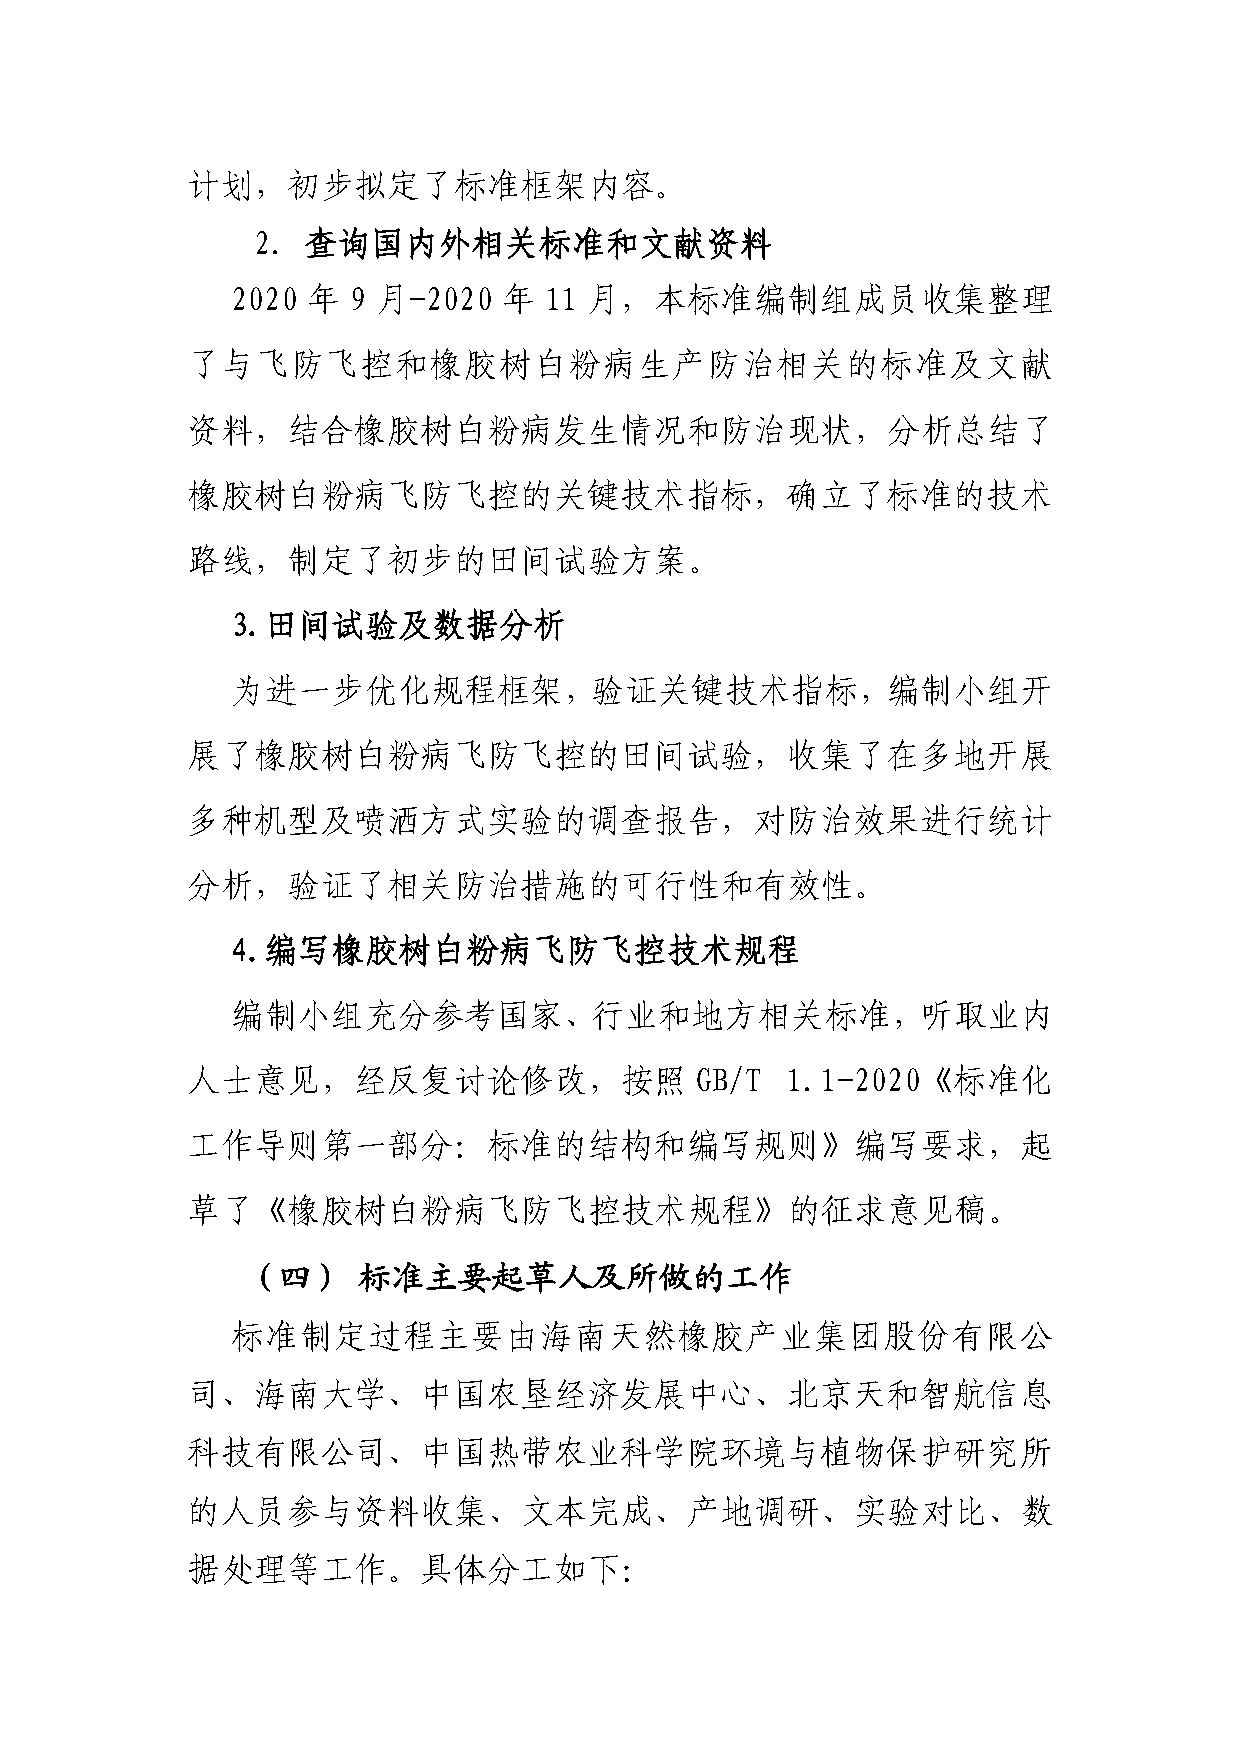
计划，初步拟定了标准框架内容。
 2. 查询国内外相关标准和文献资料
 2020 年  9 月-2020  年  11 月，本标准编制组成员收集整理
 了与飞防飞控和橡胶树白粉病生产防治相关的标准及文献
 资料，结合橡胶树白粉病发生情况和防治现状，分析总结了
 橡胶树白粉病飞防飞控的关键技术指标，确立了标准的技术
 路线，制定了初步的田间试验方案。
 3.田间试验及数据分析
 为进一步优化规程框架，验证关键技术指标，编制小组开
 展了橡胶树白粉病飞防飞控的田间试验，收集了在多地开展
 多种机型及喷洒方式实验的调查报告，对防治效果进行统计
 分析，验证了相关防治措施的可行性和有效性。
 4.编写橡胶树白粉病飞防飞控技术规程
 编制小组充分参考国家、行业和地方相关标准，听取业内
 人士意见，经反复讨论修改，按照                   GB/T  1.1-2020《标准化
 工作导则第一部分：标准的结构和编写规则》编写要求，起
 草了《橡胶树白粉病飞防飞控技术规程》的征求意见稿。
 （四）     标准主要起草人及所做的工作
 标准制定过程主要由海南天然橡胶产业集团股份有限公
 司、海南大学、中国农垦经济发展中心、北京天和智航信息
 科技有限公司、中国热带农业科学院环境与植物保护研究所
 的人员参与资料收集、文本完成、产地调研、实验对比、数
 据处理等工作。具体分工如下：